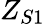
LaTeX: Z_{S1}